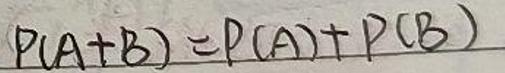
$P(A + B)=P(A)+P(B)$